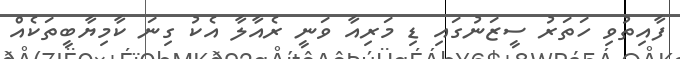
ފާއިތުވި ހަތަރު ސީޒަނުގައި ޑި މަރިއާ ވަނީ ރެއާލާ އެކު ގިނަ ކާމިޔާބީތަކެއް